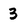
Character: 3